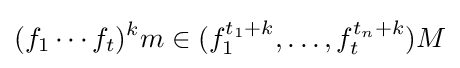
(f_{1}\cdots f_{t})^{k}m\in (f_{1}^{t_{1}+k},\ldots ,f_{t}^{t_{n}+k})M